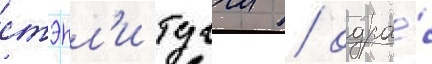
стэнл'и туччи / одра́